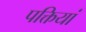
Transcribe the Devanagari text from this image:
पक्तियां